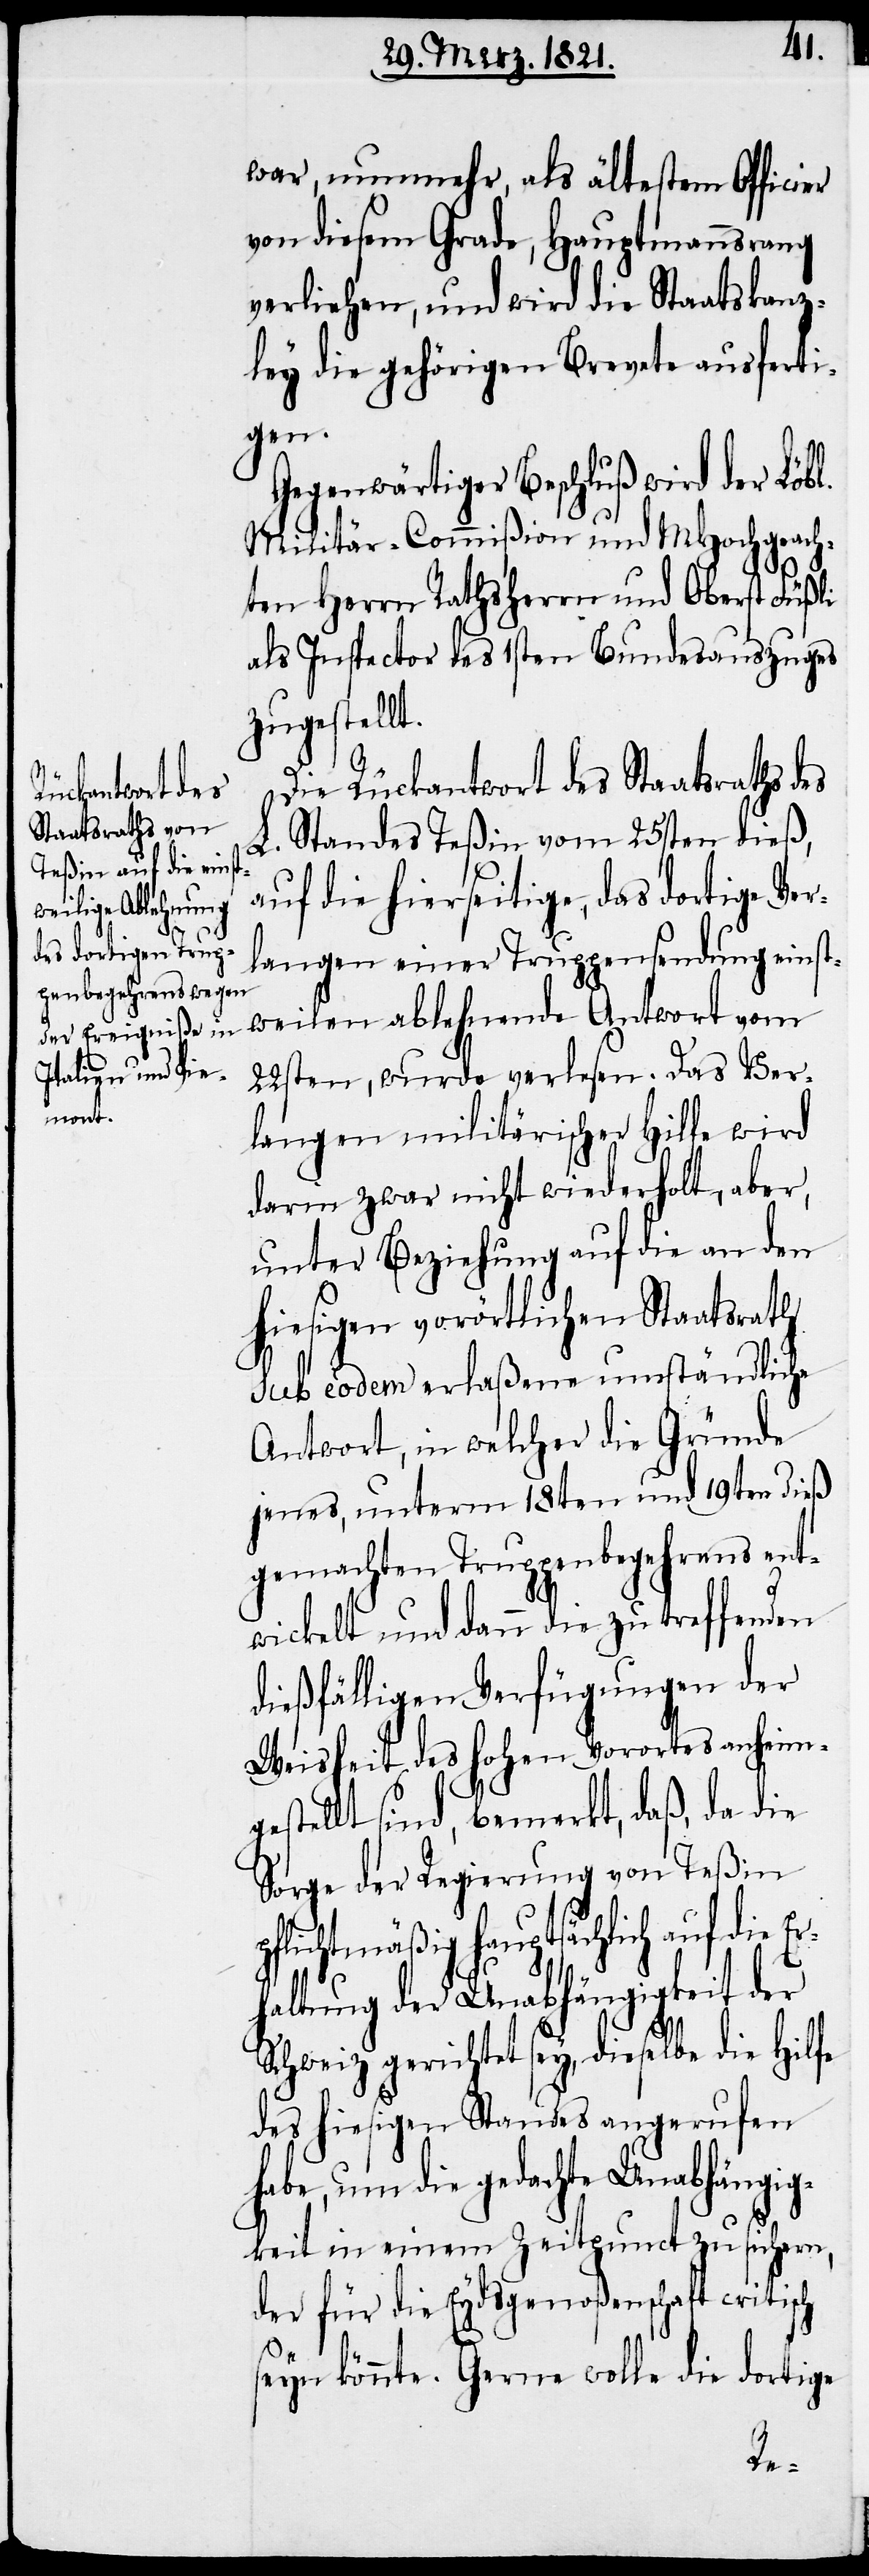
war, nunmehr, als ältestem Officier
von diesem Grade, Hauptmannsrang
verliehen, und wird die Staatskanz¬
ley die gehörigen Brevete ausferti¬
gen.
Gegenwärtiger Beschluß wird der Löbl.
Militär-Commißion und MHochgeach¬
ten Herrn Rathsherrn und Oberst Füßli
als Inspector des 1sten Bundesauszuges
zugestellt.
sch
Die Rückantwort des Staatsrathes
L. Standes Teßin vom 25sten dieß,
auf die hierseitige, das dortige Ver¬
langen einer Truppensendung einst¬
weilen ablehnende Antwort vom
22sten, wurde verlesen. Das Ver¬
langen militärischer Hilfe wird
darin zwar nicht wiederholt, aber,
unter Beziehung auf die an den
hiesigen vorörtlichen Staatsrath
sub eodem erlaßene umständliche
Antwort, in welcher die Gründe
jenes, unterm 18ten und 19ten dieß
gemachten Truppenbegehrens ent¬
wickelt und dann die zu treffenden
dießfälligen Verfügungen der
Weisheit des hohen Vorortes anheimg¬
estellt sind, bemerkt, daß, da die
Sorge der Regierung von Teßin
pflichtmäßig hauptsächlich auf die Er¬
haltung der Unabhängigkeit der
Schweiz gerichtet sey, dieselbe die Hilfe
des hiesigen Standes angerufen
habe, um die gedachte Unabhängig¬
keit in einem Zeitpunct zu sichern,
der für die Eydsgenoßenschaft criti¬
seyn könnte. Gerne wolle die dortige